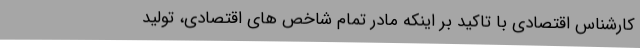
کارشناس اقتصادی با تاکید بر اینکه مادر تمام شاخص های اقتصادی، تولید